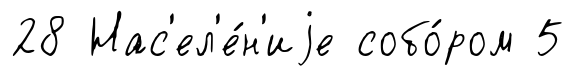
28 Нас'ел'е́н'иjе собо́ром 5